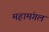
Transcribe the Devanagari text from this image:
महामंगल